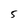
Character: 5